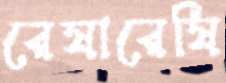
রেষারেষি